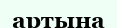
артына